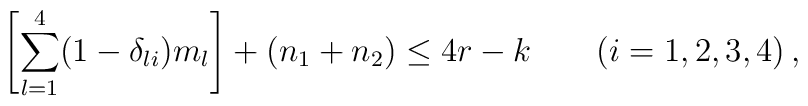
\left[ \sum \limits^{4}_{l=1} (1 - \delta_{li}) m_{l} \right] +(n_{1} + n_{2}) \le 4r - k \qquad (i = 1, 2, 3, 4) \, ,